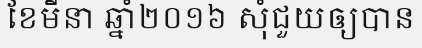
ខែមីនា ឆ្នាំ២០១៦ សុំជួយឲ្យបាន